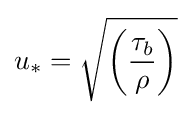
u_{*}={\sqrt {\left({\frac {\tau _{b}}{\rho }}\right)}}